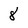
Character: 8